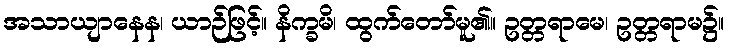
အသာယျာနေန၊ ယာဉ်ဖြင့်။ နိက္ခမိ၊ ထွက်တော်မူ၏။ ဥတ္တရာမေ၊ ဥတ္တရာမ၌။